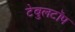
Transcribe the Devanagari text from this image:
टेबुलटॉप